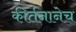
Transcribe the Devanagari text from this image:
कीर्तनानेच